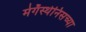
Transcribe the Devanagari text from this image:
मेगॅस्थेनिसच्या